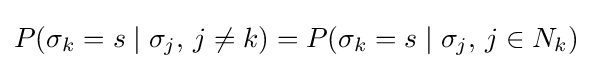
P(\sigma _{k}=s\mid \sigma _{j},\,j\neq k)=P(\sigma _{k}=s\mid \sigma _{j},\,j\in N_{k})